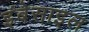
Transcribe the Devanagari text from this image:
इंबेसाइल